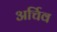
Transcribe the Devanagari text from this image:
अर्चिव